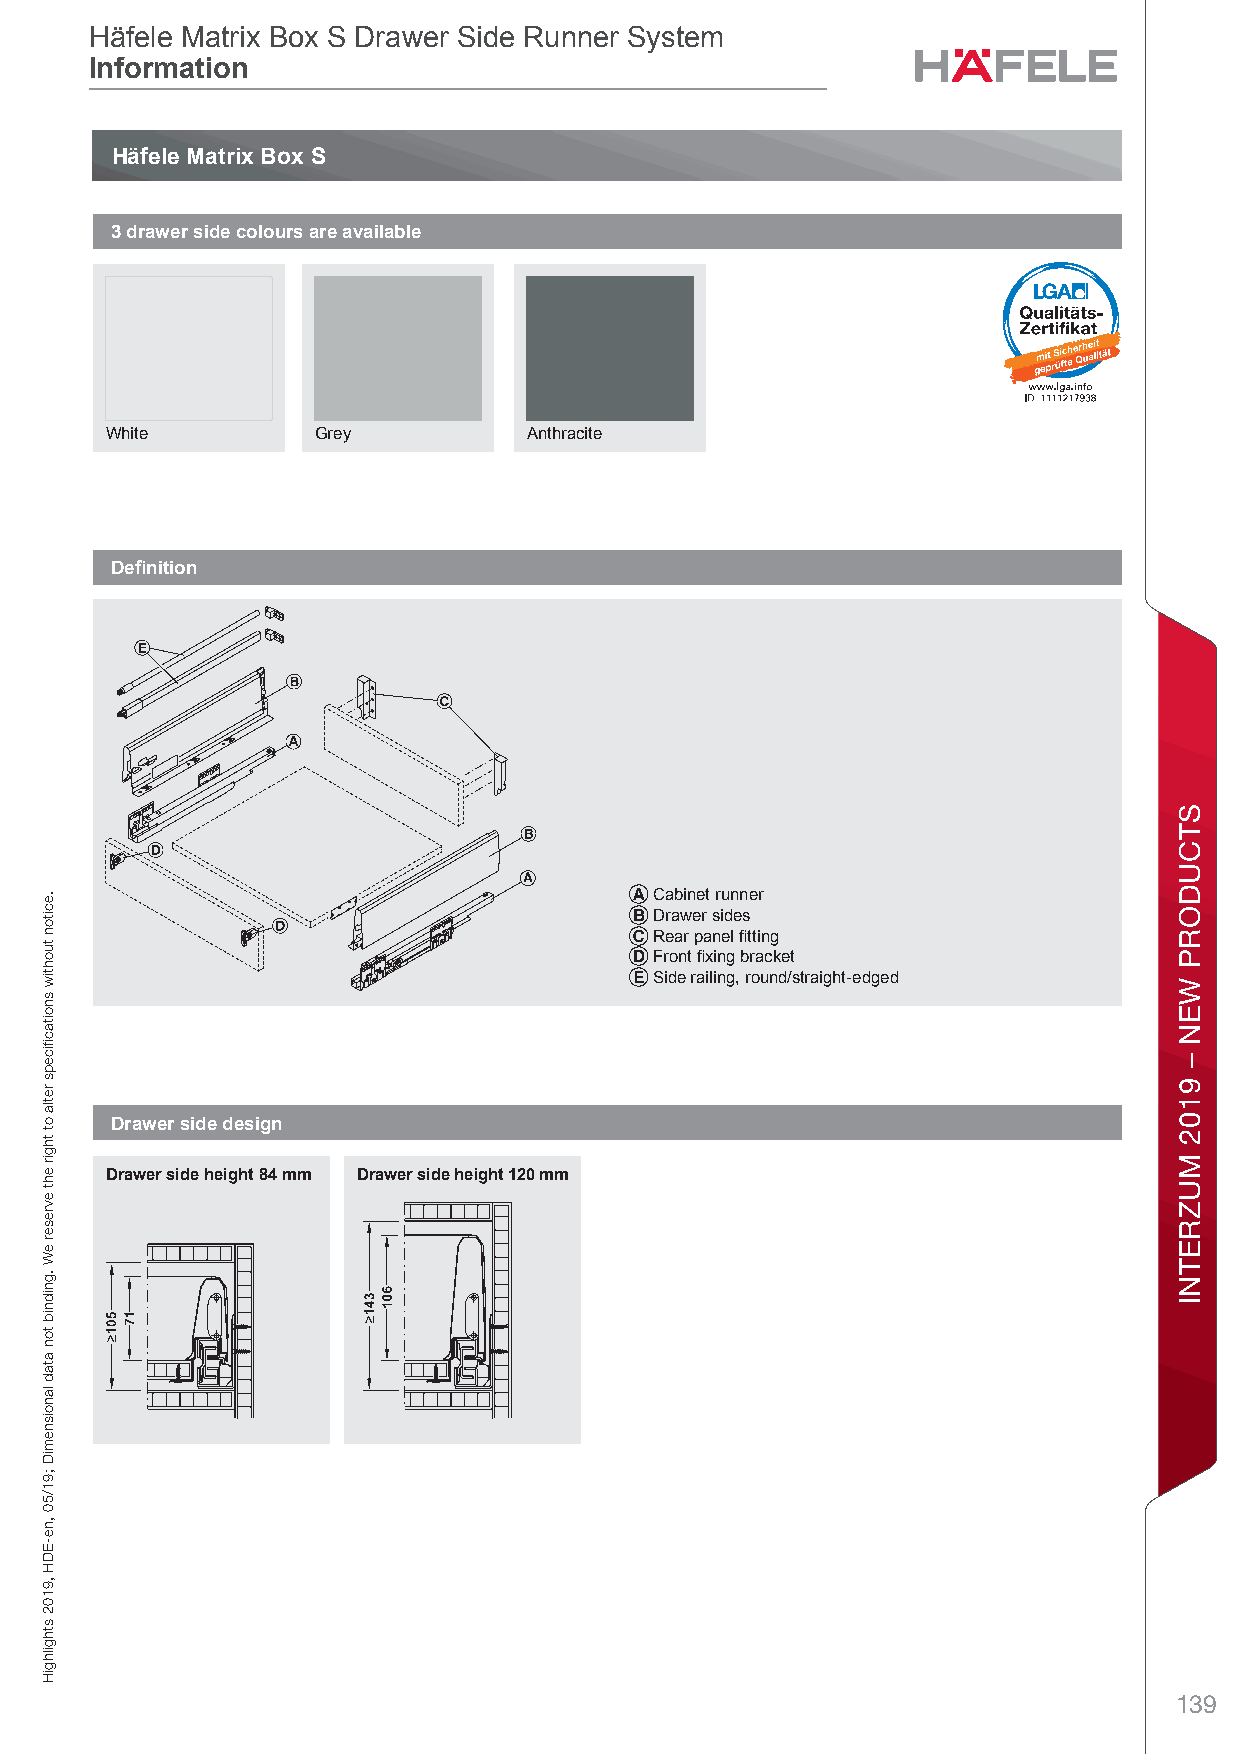
Häfele Matrix Box S Drawer Side Runner System
 Information
 Häfele Matrix Box S
 3 drawer side colours are available
 White         Grey          Anthracite
 Deinition
 A Cabinet runner
 B Drawer sides
 C Rear panel itting
 D Front ixing bracket
 E Side railing, round/straight-edged
 8
 Drawer side design
 Drawer side height 84 mm Drawer side height 120 mm
 139
 .eciton
 tuohtiw
 snoitacfiiceps
 retla
 ot
 thgir
 eht
 evreser
 eW
 .gnidnib
 ton
 atad
 lanoisnemiD
 ;91/50
 ,ne-EDH
 ,9102
 sthgilhgiH
 STCUDORP
 WEN
 –
 9102
 MUZRETNI